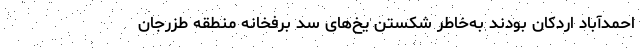
احمدآباد اردکان بودند به‌خاطر شکستن یخ‌های سد برفخانه منطقه طزرجان